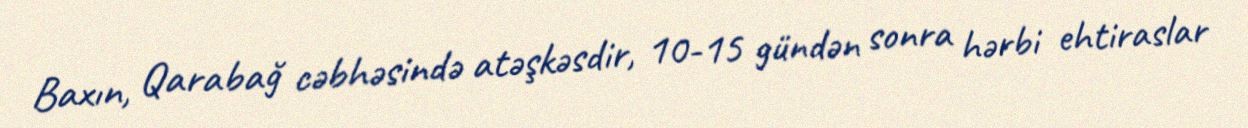
Baxın, Qarabağ cəbhəsində atəşkəsdir, 10-15 gündən sonra hərbi ehtiraslar